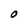
Character: O